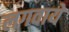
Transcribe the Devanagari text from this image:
लगवाये